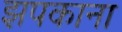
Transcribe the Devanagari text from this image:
झपकाना